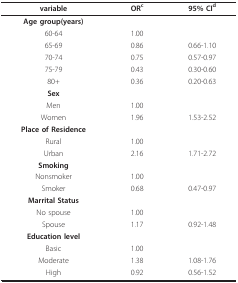
| variable | ORc | 95% CId |
 | --- | --- | --- |
 | Age group(years) |  |  |
 | 60-64 | 1.00 |  |
 | 65-69 | 0.86 | 0.66-1.10 |
 | 70-74 | 0.75 | 0.57-0.97 |
 | 75-79 | 0.43 | 0.30-0.60 |
 | 80+ | 0.36 | 0.20-0.63 |
 | Sex |  |  |
 | Men | 1.00 |  |
 | Women | 1.96 | 1.53-2.52 |
 | Place of Residence |  |  |
 | Rural | 1.00 |  |
 | Urban | 2.16 | 1.71-2.72 |
 | Smoking |  |  |
 | Nonsmoker | 1.00 |  |
 | Smoker | 0.68 | 0.47-0.97 |
 | Marrital Status |  |  |
 | No spouse | 1.00 |  |
 | Spouse | 1.17 | 0.92-1.48 |
 | Education level |  |  |
 | Basic | 1.00 |  |
 | Moderate | 1.38 | 1.08-1.76 |
 | High | 0.92 | 0.56-1.52 |